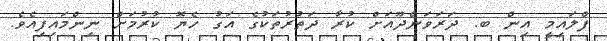
ފްލައިމީ އިން ބ. ދަރަވަންދޫއަށް ކުރާ ދަތުރުތަކުގެ އަގު ހެޔޮ ކުރުމަށް ނިންމައިފިއެވެ.